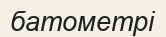
батометрі